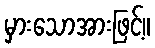
မှားသောအားဖြင့်။